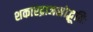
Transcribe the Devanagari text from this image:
शकारद्राजसोद्भूतिः